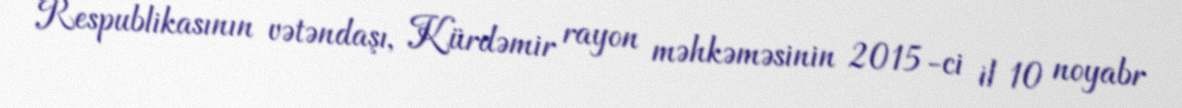
Respublikasının vətəndaşı, Kürdəmir rayon məhkəməsinin 2015-ci il 10 noyabr